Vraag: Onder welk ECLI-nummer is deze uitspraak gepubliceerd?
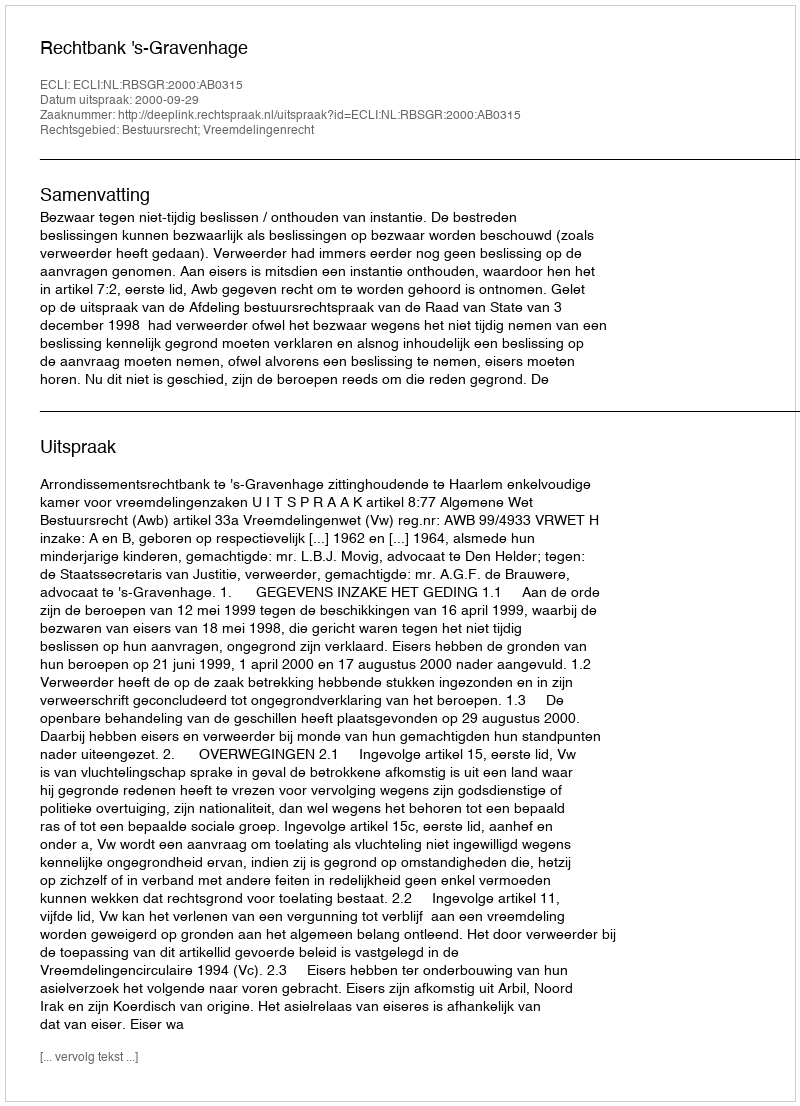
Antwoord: ECLI:NL:RBSGR:2000:AB0315